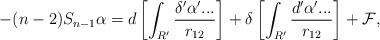
LaTeX: \begin{align*}-(n-2)S_{n-1}\alpha =d\left[ \int_{R^{\prime }}\frac{\delta ^{\prime }\alpha^{\prime }...}{r_{12}}\right] +\delta \left[ \int_{R^{\prime }}\frac{d^{\prime }\alpha ^{\prime }...}{r_{12}}\right] +\mathcal{F},\end{align*}